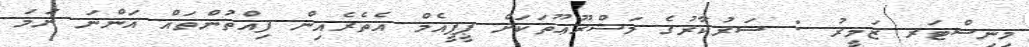
މިނިސްޓަރ ޒަމީރު : ސަރުކާރުގެ މަޝްރޫޢޫތަކަށް ޕީޕީއެމް އެތެރެއިން ފިއްތުންތައް އަންނަ ނަމަ